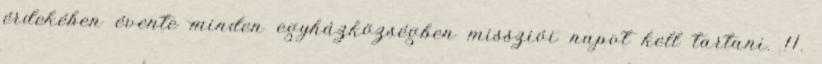
érdekében évente minden egyházközségben missziói napot kell tartani. 11.